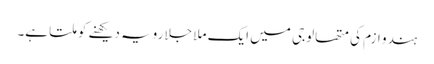
ہندو ازم کی متھالوجی میں‌ ایک ملا جلا رویہ دیکھنے کو ملتا ہے۔